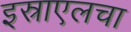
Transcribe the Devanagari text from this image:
इस्राएलचा